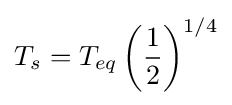
T_{s}=T_{eq}\left({\frac {1}{2}}\right)^{1/4}